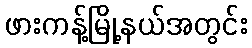
ဖားကန့်မြို့နယ်အတွင်း